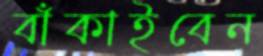
বাঁকাইবেন